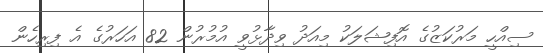
ސިއްހީ މަރުކަޒުގެ އޮފިޝަލަކު މިއަދު ވިދާޅުވީ އުމުރުން 82 އަހަރުގެ އެ ފިރިހެން